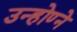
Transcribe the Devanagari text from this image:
उन्होण्ने